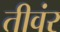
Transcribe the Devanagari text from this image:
तीवंर